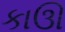
કાઊ